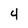
Character: 4